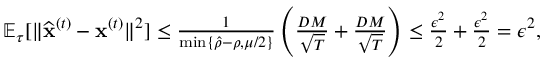
\begin{array} { r } { \mathbb { E } _ { \tau } [ \| \widehat { \mathbf x } ^ { ( t ) } - { \mathbf x } ^ { ( t ) } \| ^ { 2 } ] \leq \frac { 1 } { \operatorname* { m i n } \{ \hat { \rho } - \rho , \mu / 2 \} } \left( \frac { D M } { \sqrt { T } } + \frac { D M } { \sqrt { T } } \right) \leq \frac { \epsilon ^ { 2 } } { 2 } + \frac { \epsilon ^ { 2 } } { 2 } = \epsilon ^ { 2 } , } \end{array}